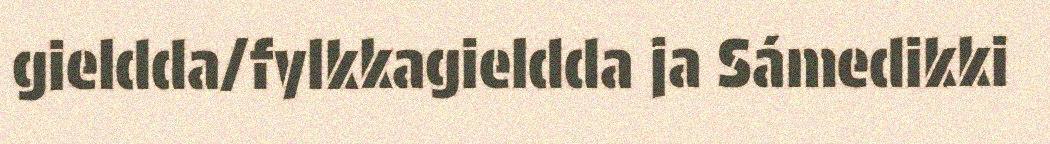
gieldda/fylkkagieldda ja Sámedikki